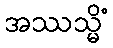
အဿသ္မိံ